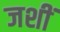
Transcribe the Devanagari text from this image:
जशीं